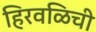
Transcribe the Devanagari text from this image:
हिरवळिची